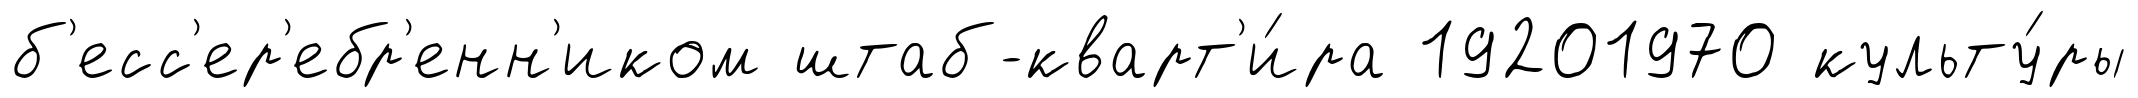
б'есс'ер'ебр'енн'иком штаб-кварт'и́ра 19201970 культу́ры